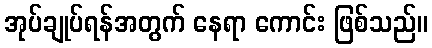
အုပ်ချုပ်ရန်အတွက် နေရာ ကောင်း ဖြစ်သည်။